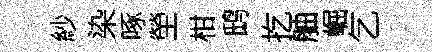
紗染啄塋柑鸱扢舳崛乞